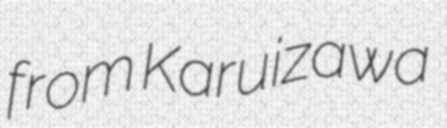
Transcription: from Karuizawa